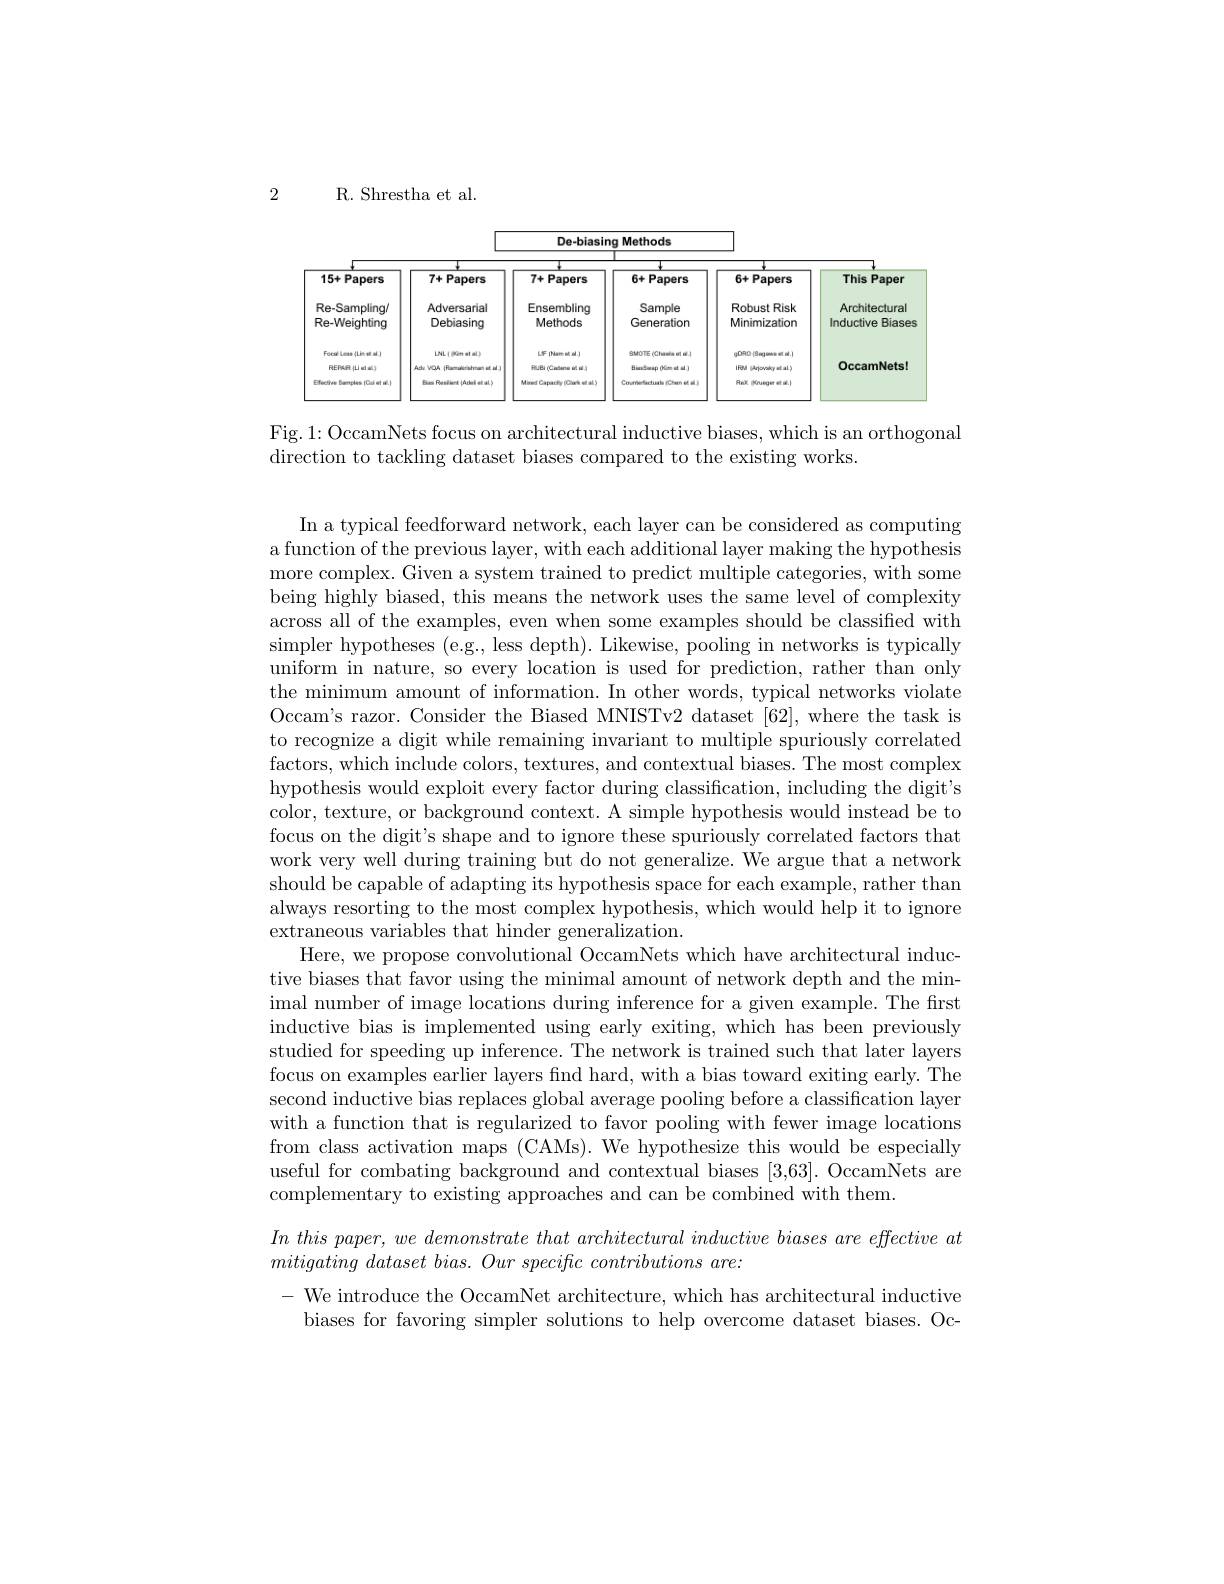
2

R. Shrestha et al.

<FigureHere>

Fig.1: OccamNets focus on architectural inductive biases, which is an orthogonal
direction to tackling dataset biases compared to the existing works.

In a typical feedforward network, each layer can be considered as computing a function of the previous layer, with each additional layer making the hypothesis more complex. Given a system trained to predict multiple categories, with some being highly biased, this means the network uses the same level of complexity across all of the examples, even when some examples should be classified with simpler hypotheses (e.g., less depth). Likewise, pooling in networks is typically uniform in nature, so every location is used for prediction, rather than only the minimum amount of information. In other words, typical networks violate Occam's razor. Consider the Biased MNISTv2 dataset [62], where the task is to recognize a digit while remaining invariant to multiple spuriously correlated factors, which include colors, textures, and contextual biases. The most complex hypothesis would exploit every factor during classification, including the digit's color, texture, or background context. A simple hypothesis would instead be to focus on the digit's shape and to ignore these spuriously correlated factors that work very well during training but do not generalize. We argue that a network should be capable of adapting its hypothesis space for each example, rather than always resorting to the most complex hypothesis, which would help it to ignore extraneous variables that hinder generalization.
Here, we propose convolutional OccamNets which have architectural inductive biases that favor using the minimal amount of network depth and the minimal number of image locations during inference for a given example. The first inductive bias is implemented using early exiting, which has been previously studied for speeding up inference. The network is trained such that later layers focus on examples earlier layers find hard, with a bias toward exiting early. The second inductive bias replaces global average pooling before a classification layer with a function that is regularized to favor pooling with fewer image locations from class activation maps (CAMs). We hypothesize this would be especially useful for combating background and contextual biases [3,63]. OccamNets are complementary to existing approaches and can be combined with them.
$In\textit{ this paper,  we demonstrate that architectural inductive biases are effective at}$
$mitigating\textit{ dataset bias.  Our specific contributions are: }$

- We introduce the OccamNet architecture, which has architectural inductive
biases for favoring simpler solutions to help overcome dataset biases. Oc-